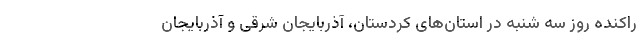
راکنده روز سه شنبه در استان‌های کردستان، آذربایجان شرقی و آذربایجان